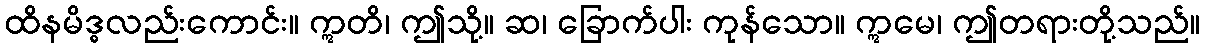
ထိနမိဒ္ဓလည်းကောင်း။ ဣတိ၊ ဤသို့။ ဆ၊ ခြောက်ပါး ကုန်သော။ ဣမေ၊ ဤတရားတို့သည်။